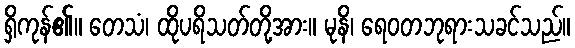
ရှိကုန်၏။ တေသံ၊ ထိုပရိသတ်တို့အား။ မုနိ၊ ရေဝတဘုရားသခင်သည်။